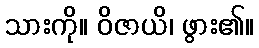
သားကို။ ဝိဇာယိ၊ ဖွား၏။